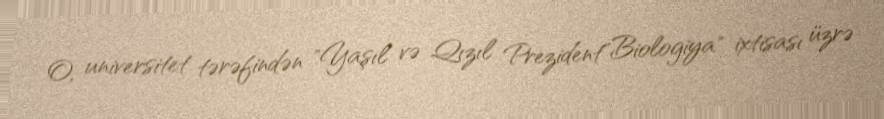
O, universitet tərəfindən "Yaşıl və Qızıl Prezident"Biologiya" ixtisası üzrə